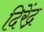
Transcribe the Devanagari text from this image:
दिरेंद्र